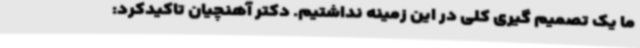
ما یک تصمیم گیری کلی در این زمینه نداشتیم. دکتر آهنچیان تاکیدکرد: